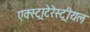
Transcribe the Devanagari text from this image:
एक्स्ट्राटेरेस्ट्रीयल